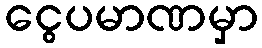
ငွေပမာဏမှာ